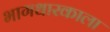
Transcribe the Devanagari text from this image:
भागधारकाला